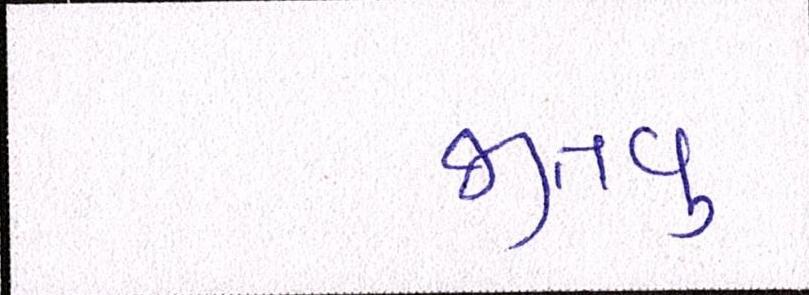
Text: જીતવું